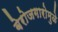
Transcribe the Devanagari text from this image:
बेरोजगारोमुळे